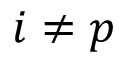
i \neq p